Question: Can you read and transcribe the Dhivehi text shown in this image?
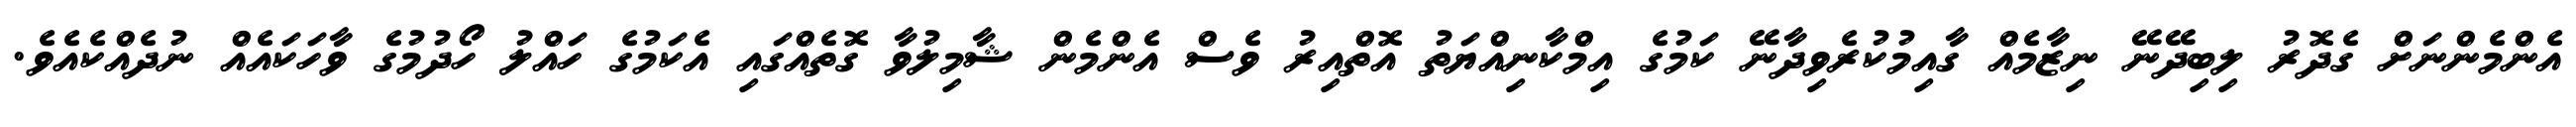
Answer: އެންމެންނަށް ގެދޮރު ލިބިދޭނޭ ނިޒާމެއް ގާއިމުކުރެވިދާނޭ ކަމުގެ އިމްކާނިއްޔަތު އޮތްއިރު ވެސް އެންމެން ޝާމިލުވާ ގޮތެއްގައި އެކަމުގެ ހައްލު ހޯދުމުގެ ވާހަކައެއް ނުދެއްކެއެވެ.